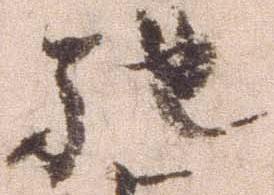
馳